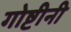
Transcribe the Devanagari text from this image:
गोष्टीनी